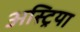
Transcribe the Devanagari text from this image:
अस्ट्रिया